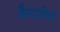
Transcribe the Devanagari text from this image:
कैराथेन